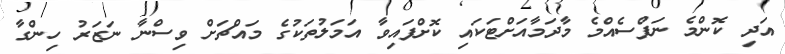
އަދި ކޮންމެ ނަފްސެއްމެ މާދަމާއަށްޓަކައި ކޮށްފައިވާ އަމަލުތަކުގެ މައްޗަށް ވިސްނާ ނަޒަރު ހިންގާ